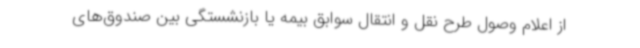
از اعلام وصول طرح نقل و انتقال سوابق بیمه یا بازنشستگی بین صندوق‌های